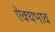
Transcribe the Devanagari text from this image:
ऐक्यभाव